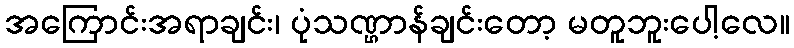
အကြောင်းအရာချင်း၊ ပုံသဏ္ဌာန်ချင်းတော့ မတူဘူးပေါ့လေ။